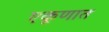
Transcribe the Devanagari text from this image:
एकूणात